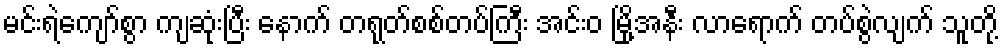
မင်းရဲကျော်စွာ ကျဆုံးပြီး နောက် တရုတ်စစ်တပ်ကြီး အင်းဝ မြို့အနီး လာရောက် တပ်စွဲလျက် သူတို့